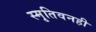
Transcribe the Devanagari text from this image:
स्मृतिवनही